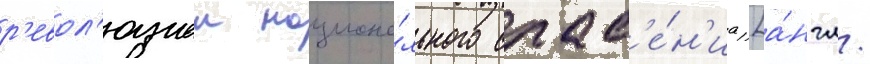
р'евол'юциеи национа́льного спас'е́н'иа [а́нгл.